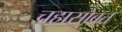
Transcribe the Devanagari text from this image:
चहासोबत